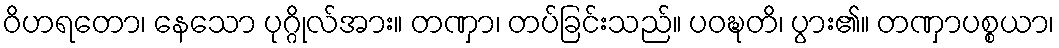
ဝိဟရတော၊ နေသော ပုဂ္ဂိုလ်အား။ တဏှာ၊ တပ်ခြင်းသည်။ ပဝဍ္ဎတိ၊ ပွား၏။ တဏှာပစ္စယာ၊